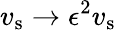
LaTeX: v_{\mathrm{s}}\rightarrow\epsilon^{2}v_{\mathrm{s}}